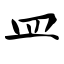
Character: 皿